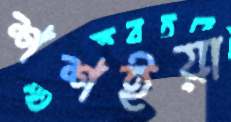
শশইয়া